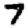
Digit: 7